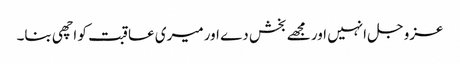
عزوجل انہیں اور مجھے بخش دے اورمیری عاقبت کو اچھی بنا۔